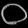
Digit: ၀